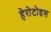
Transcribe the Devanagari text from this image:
हेरोटोडस